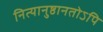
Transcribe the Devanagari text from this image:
नित्यानुष्ठानतोऽपि